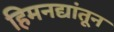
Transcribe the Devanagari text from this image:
हिमनद्यांतून